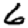
Digit: 6